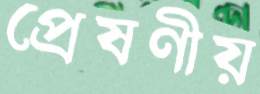
প্রেষণীয়